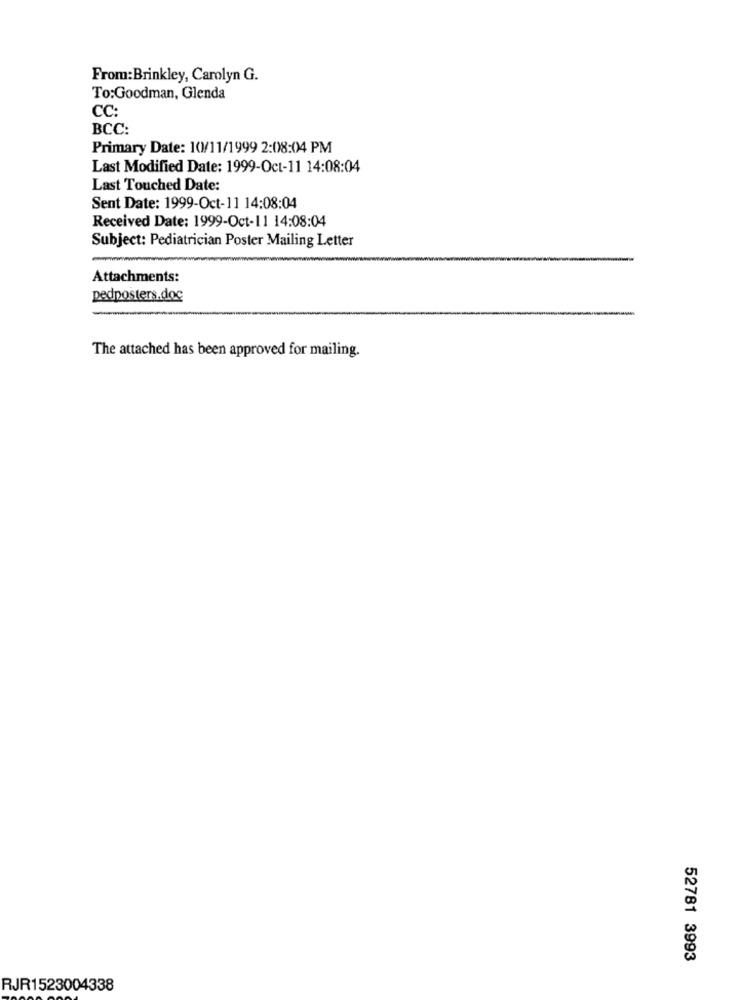
From:Brinkley, Carolyn G.
To:Goodman, Glenda
CC:
BCC:
Primary Date: 10/11/1999 2:08:04 PM
Last Modified Date: 1999-Oct-11 14:08:04
Last Touched Date:
Sent Date: 1999-Oct-11 14:08:04
Received Date: 1999-Oct-11 14:08:04
Subject: Pediatrician Poster Mailing Letter
Attachments:
pedposters.doc
The attached has been approved for mailing.
52781 3993
RJR1523004338